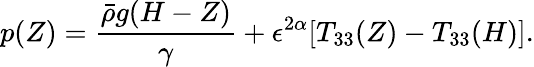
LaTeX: p(Z)=\frac{\bar{\rho}g(H-Z)}{\gamma}+\epsilon^{2\alpha}[T_{33}(Z)-T_{33}(H)].